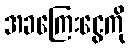
အခကြေးငွေကို